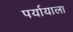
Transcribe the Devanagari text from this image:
पर्यायाला